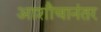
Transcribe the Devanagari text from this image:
आशौचानंतर